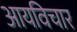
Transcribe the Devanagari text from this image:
आयविचार